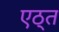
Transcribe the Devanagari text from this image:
एठ्त